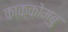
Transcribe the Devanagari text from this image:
काक्कोम्बु